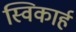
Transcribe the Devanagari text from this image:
स्विकार्ह